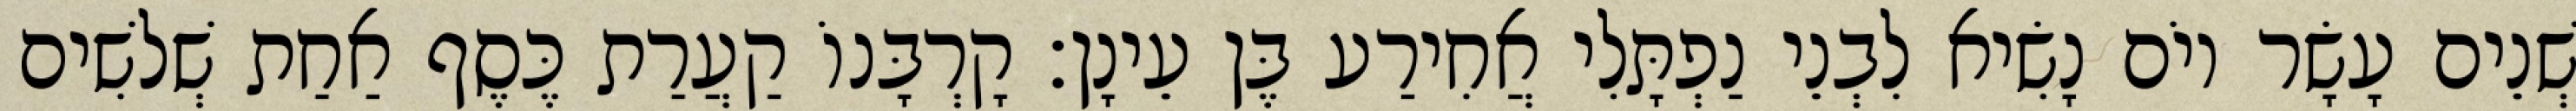
שְׁנֵים עָשָׂר יוֹם נָשִׂיא לִבְנֵי נַפְתָּלִי אֲחִירַע בֶּן עֵינָן׃ קָרְבָּנוֹ קַעֲרַת כֶּסֶף אַחַת שְׁלשִׁים